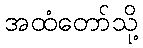
အထံတော်သို့